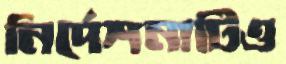
নির্দেশনাটিও